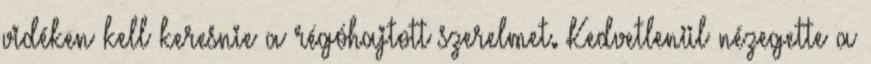
vidéken kell keresnie a régóhajtott szerelmet. Kedvetlenül nézegette a